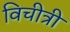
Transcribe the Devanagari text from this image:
विचीत्री